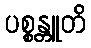
ပစ္စန္တူတိ